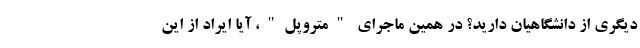
دیگری از دانشگاهیان دارید؟ در همین ماجرای "متروپل"، آیا ایراد از این